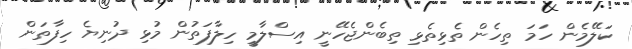
ކަލޭމެން ހަމަ ތިހެން ތެޅިތެޅި ތިބެންޖެހޭނީ އިސްލާމީ ހިލާފަތުން މުޅި ދުނިޔެ ހިފާތަން